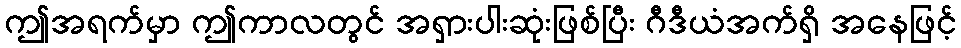
ဤအရက်မှာ ဤကာလတွင် အရှားပါးဆုံးဖြစ်ပြီး ဂီဒီယံအက်ရှိ အနေဖြင့်